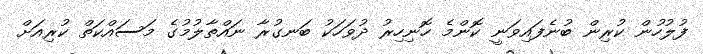
ފުލުހުން ކުރިން ބުނެފައިވަނީ ކޮންމެ ހޮނިހިރު ދުވަހަކު ބަނގުރާ ނައްތާލުމުގެ މަސައްކަތް ކުރިއަށް